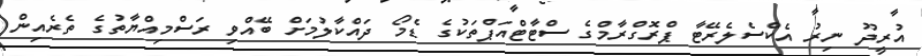
އުރީދޫ ނިރު އެކްސެލެރޭޓާ ޕްރޮގްރާމްގެ ސްޓާޓްއަޕްތަކުގެ ޑެމޯ ދައްކާލުމަށް ބޭއްވި ރަސްމިއްޔާތުގެ ތެރެއިން